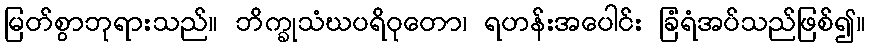
မြတ်စွာဘုရားသည်။ ဘိက္ခုသံဃပရိဝုတော၊ ရဟန်းအပေါင်း ခြံရံအပ်သည်ဖြစ်၍။